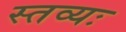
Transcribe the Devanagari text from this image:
स्तव्यः